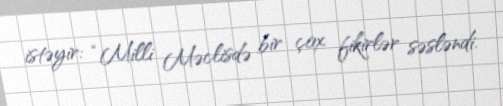
istəyir: “Milli Məclisdə bir çox fikirlər səsləndi.